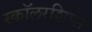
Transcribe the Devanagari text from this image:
स्कॉलरशिप्स